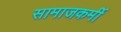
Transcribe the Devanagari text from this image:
सामाजकर्मी